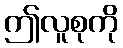
ဤလူစုကို